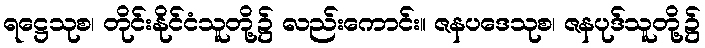
ရဋ္ဌေသုစ၊ တိုင်းနိုင်ငံသူတို့၌ လည်းကောင်း။ ဇနပဒေသုစ၊ ဇနပုဒ်သူတို့၌